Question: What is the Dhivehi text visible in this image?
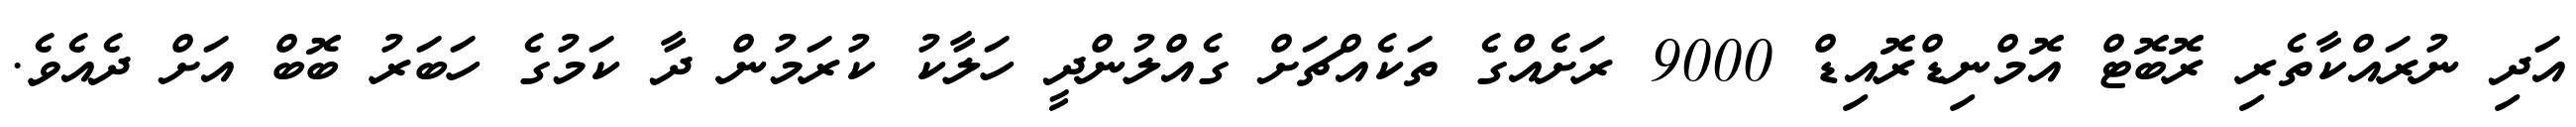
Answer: އަދި ނުރައްކާތެރި ރޮބޮޓް އޮމްނިޑްރޮއިޑް 9000 ރަށެއްގެ ތަކެއްޗަށް ގެއްލުންދީ ހަލާކު ކުރަމުން ދާ ކަމުގެ ހަބަރު ބޮބް އަށް ދެއެވެ.